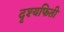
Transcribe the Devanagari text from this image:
दृश्यफिती